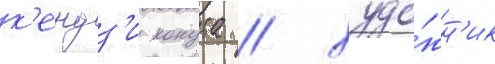
к'ендз'и конута / худо́жн'ик